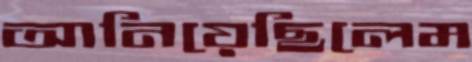
আনিয়েছিলেম